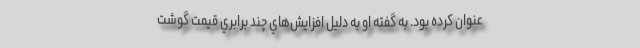
عنوان كرده بود. به گفته او به دليل افزايش‌هاي چند برابري قيمت گوشت